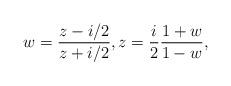
LaTeX: \begin{align*}w=\frac{z-i/2}{z+i/2}, z=\frac{i}{2}\frac{1+w}{1-w}, \end{align*}